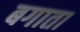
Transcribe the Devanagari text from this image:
बगाता